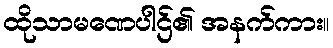
ထိုသာမဏေပါဌ်၏ အနက်ကား။